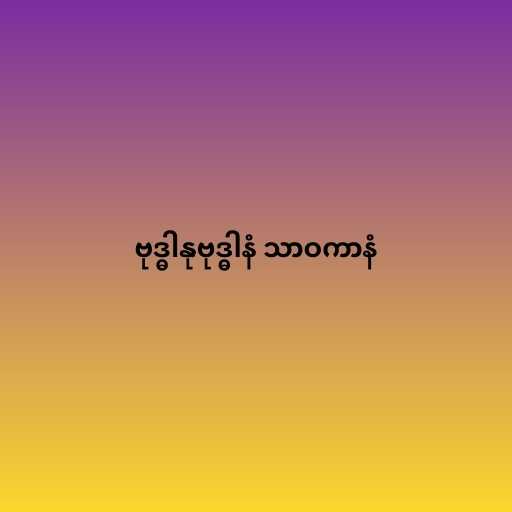
ဗုဒ္ဓါနုဗုဒ္ဓါနံ သာဝကာနံ